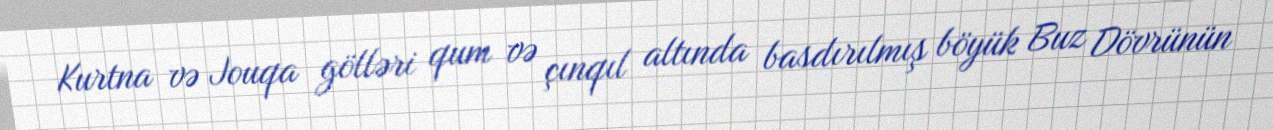
Kurtna və Jouqa gölləri qum və çınqıl altında basdırılmış böyük Buz Dövrünün